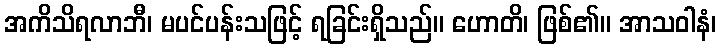
အကိသိရလာဘီ၊ မပင်ပန်းသဖြင့် ရခြင်းရှိသည်။ ဟောတိ၊ ဖြစ်၏။ အာသဝါနံ၊